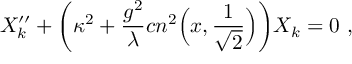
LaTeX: X _ { k } ^ { \prime \prime } + { \left( \kappa ^ { 2 } + { \frac { g ^ { 2 } } { \lambda } } c n ^ { 2 } \Bigl ( x , { \frac { 1 } { \sqrt { 2 } } } \Bigr ) \right) } X _ { k } = 0 \ ,